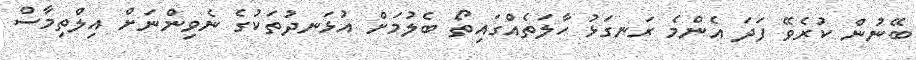
ބޭނުން ކުރެވޭ ފަދަ އެންމެ ރަނގަޅު ހާލަތެއްގައިތޯ ބެލުމަށް އުޅަނދުތަކުގެ ނެވިންނަށް އިލްތިމާސް